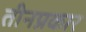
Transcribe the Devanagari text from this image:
तीनप्रकार